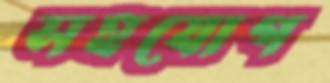
সহযোগ